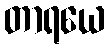
တာရယေ